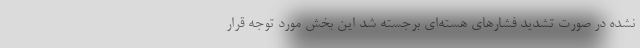
نشده در صورت تشدید فشارهای هسته‌ای برجسته شد این بخش مورد توجه قرار